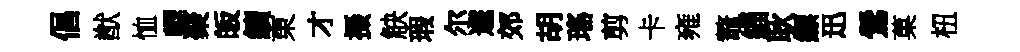
倡猷恤轣聚皈續東才摄觖瑕尔遽郊胡瑤剪卡雍鼇緇耿縹迅鶯菓杻